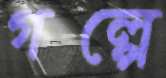
গল্পে